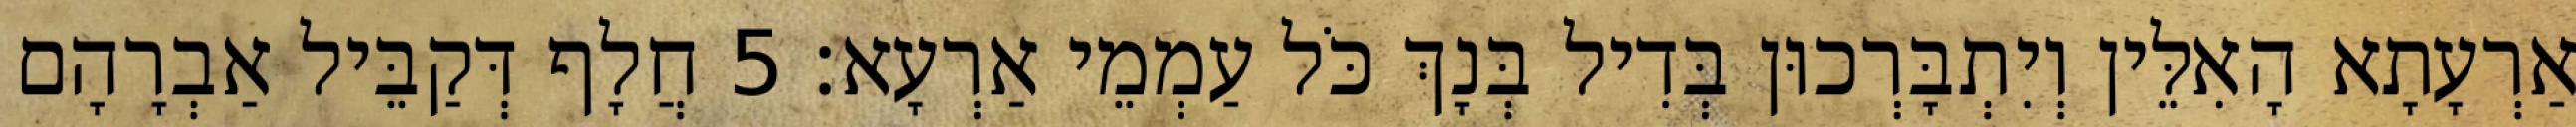
אַרְעָתָא הָאִלֵּין וְיִתְבָּרְכוּן בְּדִיל בְּנָךְ כֹּל עַמְמֵי אַרְעָא׃ 5 חֲלָף דְּקַבֵּיל אַבְרָהָם